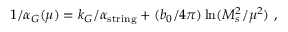
1 / \alpha _ { G } ( \mu ) = k _ { G } / \alpha _ { \mathrm { s t r i n g } } + ( { b _ { 0 } / { 4 \pi } } ) \ln ( { M _ { s } ^ { 2 } / \mu ^ { 2 } } ) ~ ,